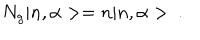
N _ { g } | n , \alpha > = n | n , \alpha > ~ .